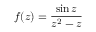
f ( z ) = { \frac { \sin z } { z ^ { 2 } - z } }